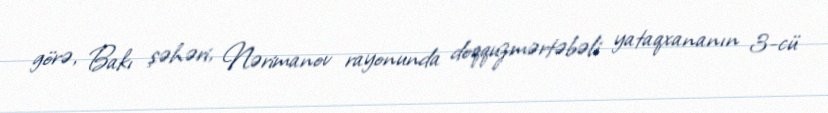
görə, Bakı şəhəri, Nərimanov rayonunda doqquzmərtəbəli yataqxananın 3-cü